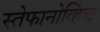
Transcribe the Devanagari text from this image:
स्तेफानोव्हिच